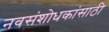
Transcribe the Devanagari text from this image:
नवसंशोधकांसाठी